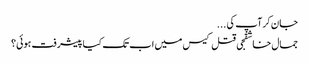
جان کرآپ کی ...
جمال خاشقجی قتل کیس میں اب تک کیا پیشرفت ہوئی؟